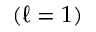
( \ell = 1 )